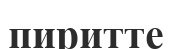
пиритте